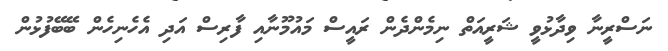
ނަސްރީނާ ވިދާޅުވީ ޝަރީއަތް ނިމެންދެން ރައީސް މައުމޫނާއި ފާރިސް އަދި އެހެނިހެން ބޭބޭފުޅުން